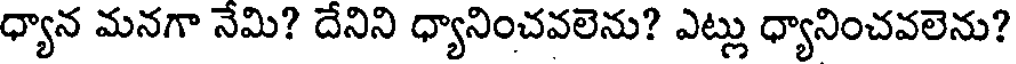
ధ్యాన మనగా నేమి? దేనిని ధ్యానించవలెను? ఎట్లు ధ్యానించవలెను?